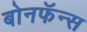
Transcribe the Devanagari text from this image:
बोनफॅन्स